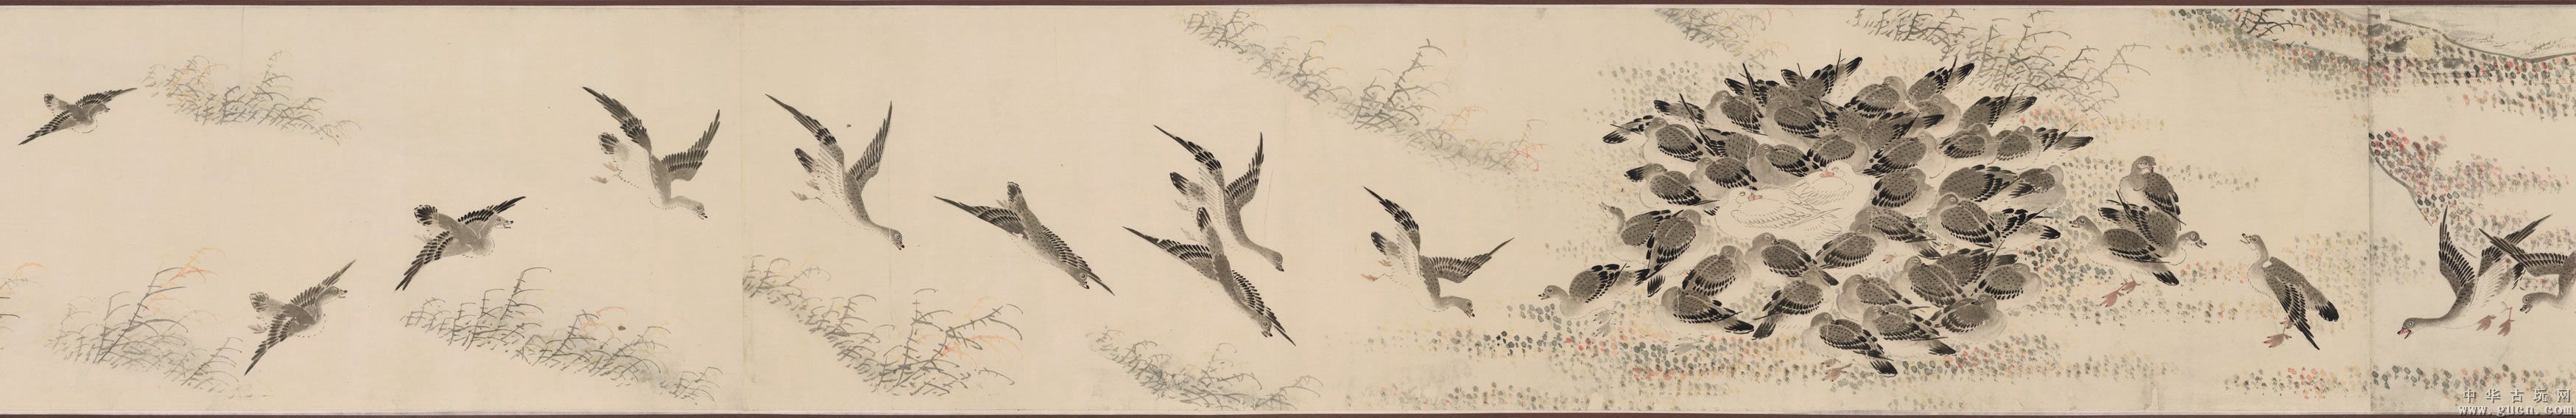
猎人箭底求伤雁，钓户竿头乞活鱼。